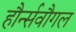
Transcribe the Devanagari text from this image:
हौर्न्सवौगल